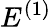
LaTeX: E^{(1)}